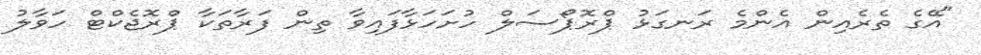
"އޭގެ ތެރެއިން އެންމެ ރަނގަޅު ޕްރޮޕޯސަލް ހުށަހަޅާފައިވާ ތިން ފަރާތަކާ ޕްރޮޖެކްޓް ހަވާލު